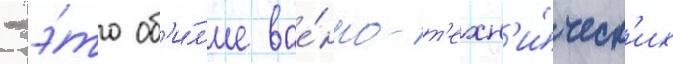
- э́то об'и́л'ие вое́нно-т'ехн'и́ческ'их